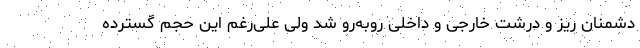
دشمنان ریز و درشت خارجی و داخلی رو‌به‌رو شد ولی علی‌رغم این حجم گسترده